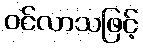
ဝင်လာသဖြင့်